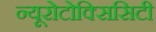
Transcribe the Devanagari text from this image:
न्यूरोटोक्सिसिटी